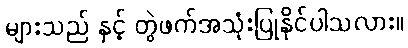
များသည် နှင့် တွဲဖက်အသုံးပြုနိုင်ပါသလား။